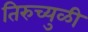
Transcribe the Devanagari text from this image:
तिरुच्युळी